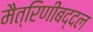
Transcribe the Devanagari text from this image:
मैत्रिणींबद्दल